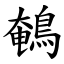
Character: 鵪